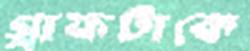
গ্রাফটাকে